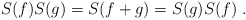
\begin{align*}S(f)S(g)=S(f+g)=S(g)S(f)\ .\end{align*}